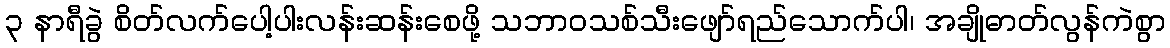
၃ နာရီခွဲ စိတ်လက်ပေါ့ပါးလန်းဆန်းစေဖို့ သဘာဝသစ်သီးဖျော်ရည်သောက်ပါ၊ အချိုဓာတ်လွန်ကဲစွာ